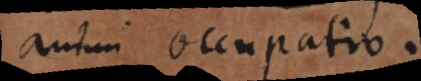
animi occupatio.